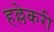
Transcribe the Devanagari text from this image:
हल्लेकरी